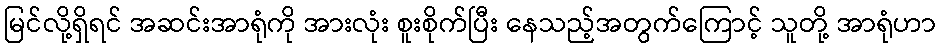
မြင်လို့ရှိရင် အဆင်းအာရုံကို အားလုံး စူးစိုက်ပြီး နေသည့်အတွက်ကြောင့် သူတို့ အာရုံဟာ